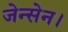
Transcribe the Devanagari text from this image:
जेन्सेन।